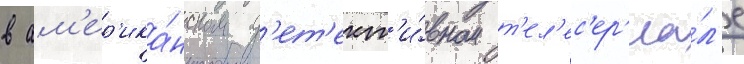
в ам'ер'ика́нском д'ет'ект'и́вном т'ел'ес'ер'иа́л'е